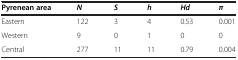
| Pyrenean area | N | S | h | Hd | π |
 | --- | --- | --- | --- | --- | --- |
 | Eastern | 122 | 3 | 4 | 0.53 | 0.001 |
 | Western | 9 | 0 | 1 | 0 | 0 |
 | Central | 277 | 11 | 11 | 0.79 | 0.004 |